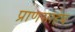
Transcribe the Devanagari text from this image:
प्राणसाहेब